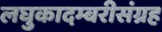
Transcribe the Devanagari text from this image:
लघुकादम्बरीसंग्रह